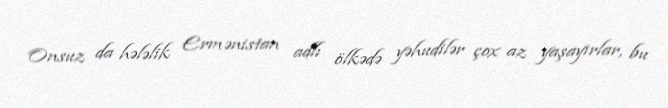
Onsuz da hələlik Ermənistan adlı ölkədə yəhudilər çox az yaşayırlar, bu